Report of an investigation of the epidemic of malarial fever in Assam, or, kala-azar
Disease focus: Malaria
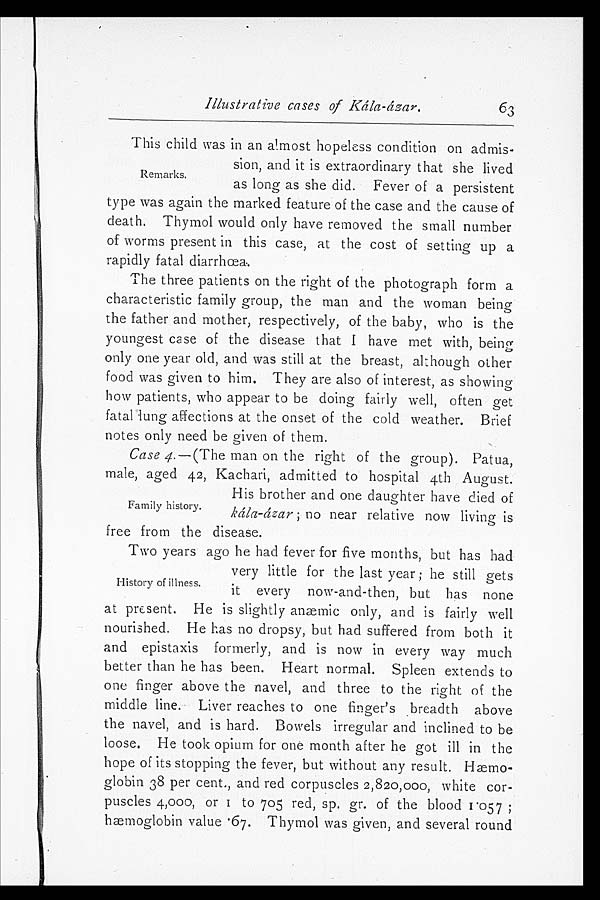
I l l u s t r a t i v e c a s e s o f K á l a - á z a r .
This child was in an almost hopeless condition on admis-
sion, and it is extraordinary that she lived
as long as she did. Fever of a persistent
type was again the marked feature of the case and the cause of
death. Thymol would only have removed the small number
of worms present in this case, at the cost of setting up a
rapidly fatal diarrhœa.
The three patients on the right of the photograph form a
characteristic family group, the man and the woman being
the father and mother, respectively, of the baby, who is the
youngest case of the disease that I have met with, being
only one year old, and was still at the breast, although other
food was given to him. They are also of interest, as showing
how patients, who appear to be doing fairly well, often get
fatal lung affections at the onset of the cold weather. Brief
notes only need be given of them.
Case 4. —(The man on the right of the group). Patua,
male, aged 42, Kachari, admitted to hospital 4th August.
His brother and one daughter have died of
kála-ázar ; no near relative now living is
free from the disease.
Two years ago he had fever for five months, but has had
very little for the last year; he still gets
it every now-and-then, but has none
at present. He is slightly anæmic only, and is fairly well
nourished. He has no dropsy, but had suffered from both it
and epistaxis formerly, and is now in every way much
better than he has been. Heart normal. Spleen extends to
one finger above the navel, and three to the right of the
middle line. Liver reaches to one finger's breadth above
the navel, and is hard. Bowels irregular and inclined to be
loose. He took opium for one month after he got ill in the
hope of its stopping the fever, but without any result. Hæmo-
globin 38 per cent., and red corpuscles 2,820,000, white cor-
puscles 4,000, or 1 to 705 red, sp. gr. of the blood 1.057;
hemoglobin value .67. Thymol was given, and several round
63
Remarks.
Family history.
History of illness.